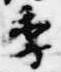
季